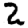
Digit: 2